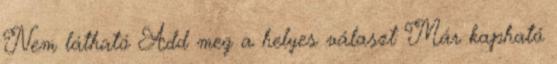
Nem látható Add meg a helyes választ Már kapható